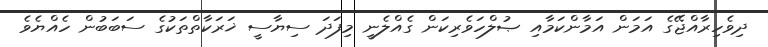
ދިވެހިރާއްޖޭގެ އަމަން އަމާންކަމާއި ޞުލްހަވެރިކަން ގެއްލެނީ މިފަދަ ސިޔާސީ ޚަރަކާތްތަކުގެ ސަބަބުން ހެއްޔެވެ